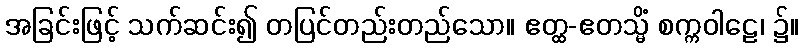
အခြင်းဖြင့် သက်ဆင်း၍ တပြင်တည်းတည်သော။ ဧတ္ထ-ဧတသ္မိံ စက္ကဝါဠေ၊ ၌။